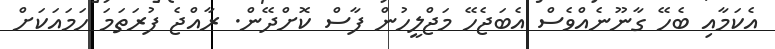
އެކަމާއި ބެހޭ ގާނޫނެއްވެސް އެބަޖެހޭ މަޖްލީހުން ފާސް ކޮށްދޭން. ރާއްޖެ ފުރަތަމަ ހަމައަކަށް